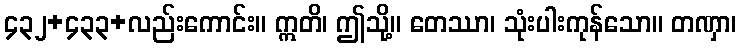
၄၃၂+၄၃၃+လည်းကောင်း။ ဣတိ၊ ဤသို့။ တေဿာ၊ သုံးပါးကုန်သော။ တဏှာ၊